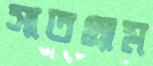
সাতগ্রাম